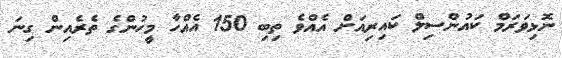
ނޮޅިވަރަމް ކައުންސިލް ކައިރިއަށް އެއްވެ ތިބި 150 އެއްހާ މީހުންގެ ތެރެއިން ގިނަ